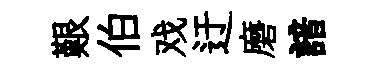
艱伯戏迂磨諳